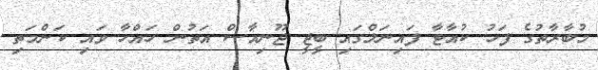
މުބާރާތުގެ ފަހު ކުއާޓާ ފައިނަލްގައި ބީޖީ ޖޫނިއާސް އަތުން ހައްހާ ވައި ކަންމަތި